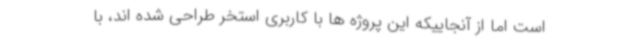
است اما از آنجاییکه این پروژه ها با کاربری استخر طراحی شده اند، با